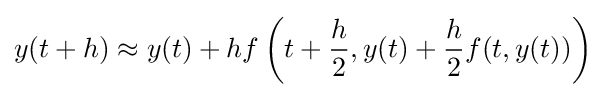
y(t+h)\approx y(t)+hf\left(t+{\frac {h}{2}},y(t)+{\frac {h}{2}}f(t,y(t))\right)